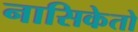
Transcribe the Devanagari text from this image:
नासिकेतो